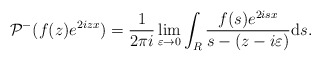
\begin{align*} & \mathcal{P}^- ( f(z) e^{ 2izx}) =\frac{1}{2\pi i}\lim_{\varepsilon \rightarrow 0}\int_{R} \frac{f(s)e^{ 2isx}}{s-(z-i\varepsilon)}\mathrm{d}s.\end{align*}